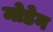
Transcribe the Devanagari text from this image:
मोडेन